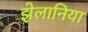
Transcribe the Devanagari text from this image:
झेलानिया